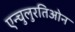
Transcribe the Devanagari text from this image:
एन्चुलुरतिओन